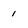
Character: 1